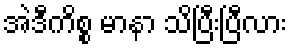
အဲဒီကိစ္စ မာနာ သိပြီးပြီလား